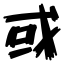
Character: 或